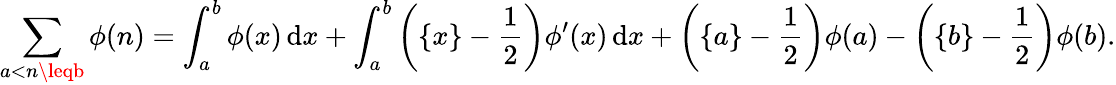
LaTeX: \sum_{a<n\leqb}\phi(n)=\int_{a}^{b}\phi(x)\, \mathrm{d}x+\int_{a}^{b}\left(\{ x\} -{\frac{{1}}{{2}}}\right)\phi^{\prime}(x)\, \mathrm{d}x+\left(\{ a\} -{\frac{{1}}{{2}}}\right)\phi(a)-\left(\{ b\} -{\frac{{1}}{{2}}}\right)\phi(b).